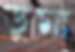
ডুমা